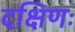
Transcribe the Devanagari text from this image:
दक्षिणः